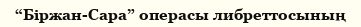
“Біржан-Сара” операсы либреттосының